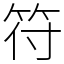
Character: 符